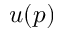
u ( p )